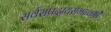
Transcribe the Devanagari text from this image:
सर्वसंप्रदायसमन्वयी